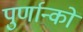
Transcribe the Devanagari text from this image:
पुर्णान्कों